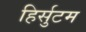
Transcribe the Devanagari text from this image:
हिर्सुटम